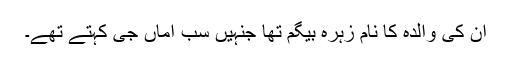
ان کی والدہ کا نام زہرہ بیگم تھا جنہیں سب اماں جی کہتے تھے۔